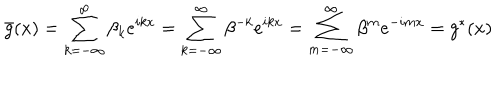
\bar { g } ( x ) = \sum _ { k = - \infty } ^ { \infty } \beta _ { k } e ^ { i k x } = \sum _ { k = - \infty } ^ { \infty } \beta ^ { - k } e ^ { i k x } = \sum _ { m = - \infty } ^ { \infty } \beta ^ { m } e ^ { - i m x } = g ^ { * } ( x )